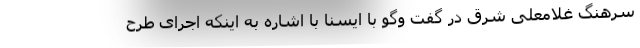
سرهنگ غلامعلی شرق در گفت وگو با ایسنا با اشاره به اینکه اجرای طرح